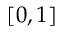
[ 0 , 1 ]